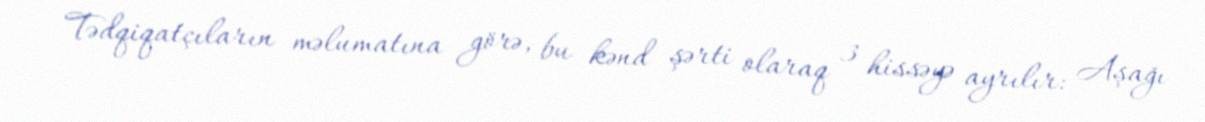
Tədqiqatçıların məlumatına görə, bu kənd şərti olaraq 3 hissəyə ayrılır: Aşağı